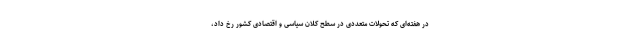
در هفته‌ای که تحولات متعددی در سطح کلان سیاسی و اقتصادی کشور رخ داد،